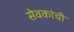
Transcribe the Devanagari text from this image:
सेवकांची